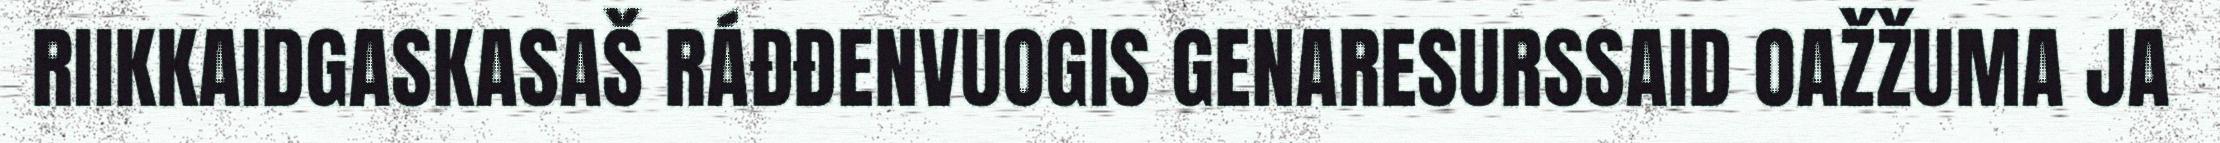
RIIKKAIDGASKASAŠ RÁĐĐENVUOGIS GENARESURSSAID OAŽŽUMA JA